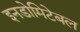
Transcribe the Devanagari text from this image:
इनडोमिटेबल